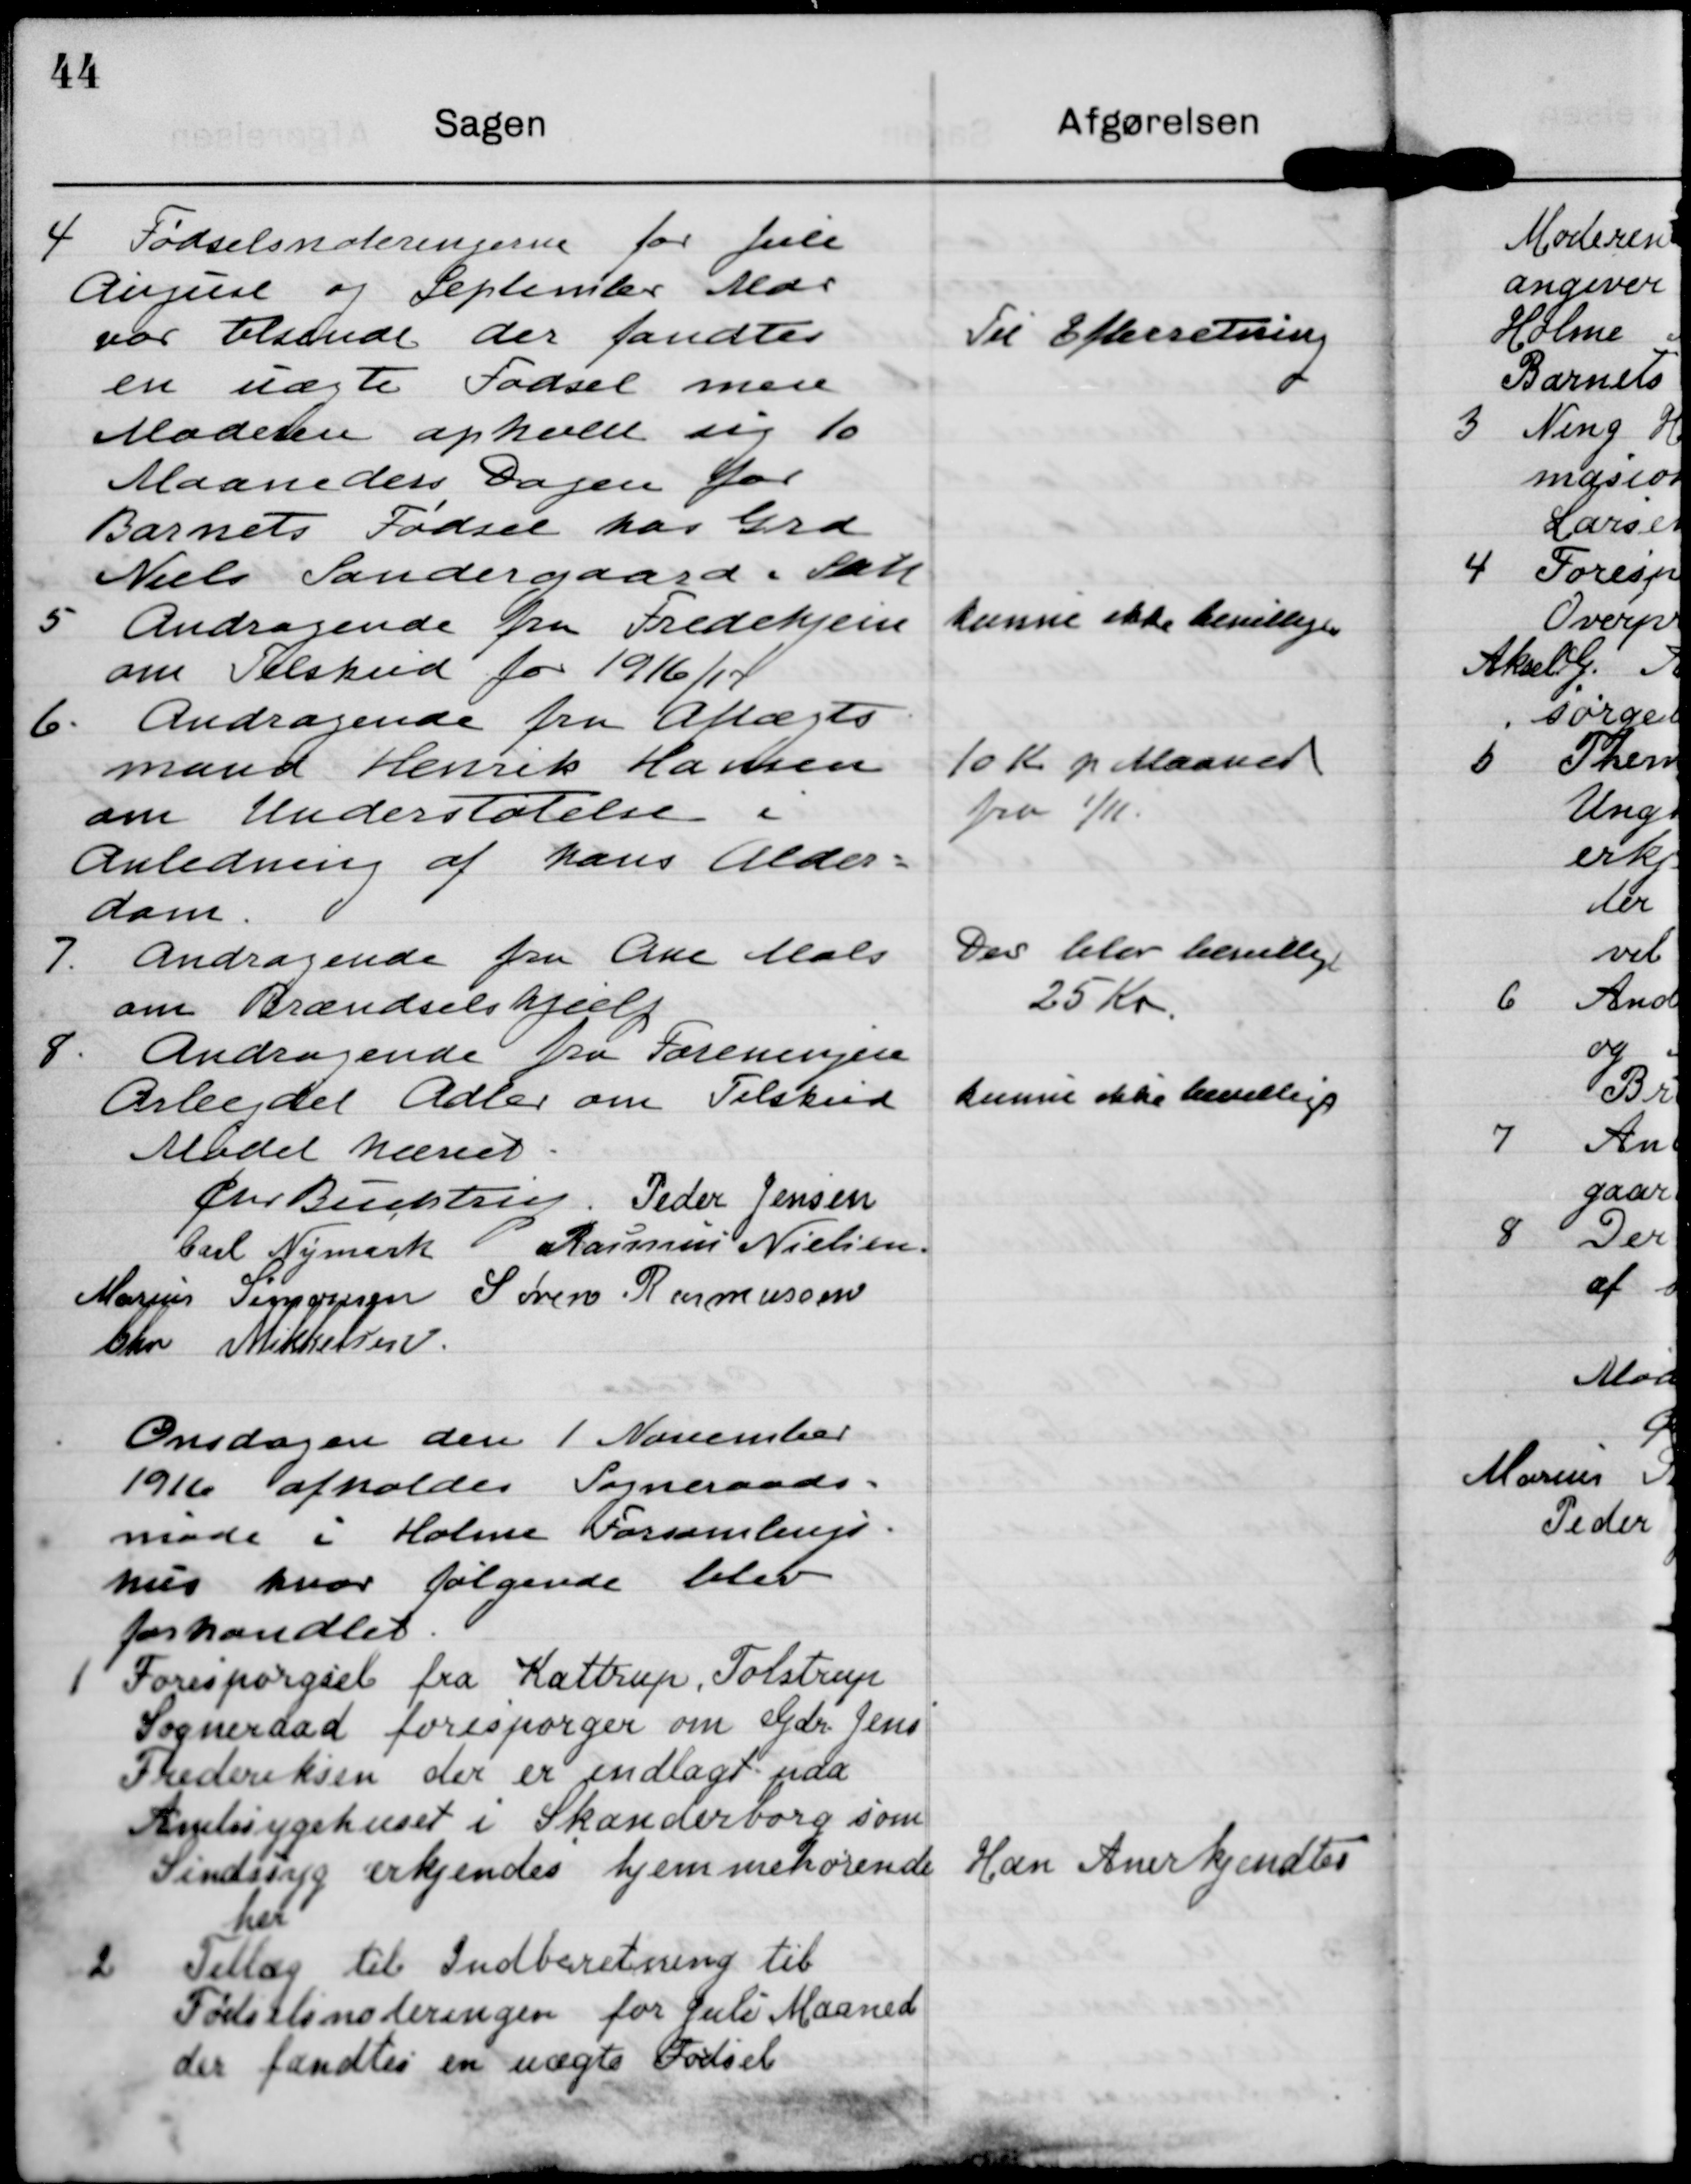
Transskription:
4 Fødselsnoterinierne for Juli
Angeuse og September Mar
par Elserede der fandtes
en uægte Fødsel men
Maderen ophold sig 1o
Maaneders Dagen for
Barnets Fødsel har Grd
Niels Søndergaard. Salg

Til Efterretning

5 Andragende fra Fredehjem
om Tilskud for 1916/14

kunne ikke bevillige

6. Andragende fra Aflægts
mand Henrik Harlsen
om Understøtelse i
anledning af hans Alder-
dam.

10 K p Maaned
fra 1/11.

I Andragende fra Ane Mals
om Brændselshjælp

Der blev bevillige
25 Kr.

S. Andragende fra Foreningen
Arbejdet Adler om Tilskud

kunne okke bevillis

Mødet hæeet

Øter Becettiun

Peder Jensen

Carl Nymark

Rasmus Nielsen

Marius Tepgesyn

Søren Rasmussen

Chr Mikkersen

Onsdagen den 1 November
19111 afholdes Sogneraads-
møde i Holme orsamlings
hus hvor følgende blev
forhandlet.

1 Forespørgsel fra Kattrup, Tolstrup
Sogneraad forespørger om Gdr. Jens
Frederiksen der er indlagt paa
Amtssygehuset i Skanderborg som
Sindssyg erkjendes hjemmehørende
hel

Han Anerkendtes

2 Tillæg til Indberetning til
Podstlinoteringen for Juli Maaned
der fandtes en uægts Fødsel